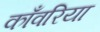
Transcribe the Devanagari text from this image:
काँवरिया